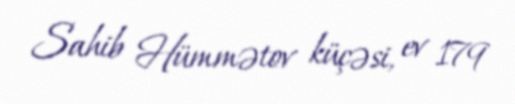
Sahib Hümmətov küçəsi, ev 179